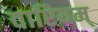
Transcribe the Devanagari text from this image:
वारियम्